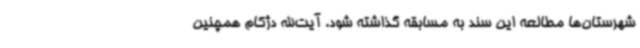
شهرستان‌ها مطالعه این سند به مسابقه گذاشته شود. آیت‌الله دژکام همچنین